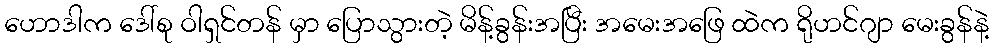
ဟောဒါက ဒေါ်စု ဝါရှင်တန် မှာ ပြောသွားတဲ့ မိန့်ခွန်းအပြီး အမေးအဖြေ ထဲက ရိုဟင်ဂျာ မေးခွန်နဲ့